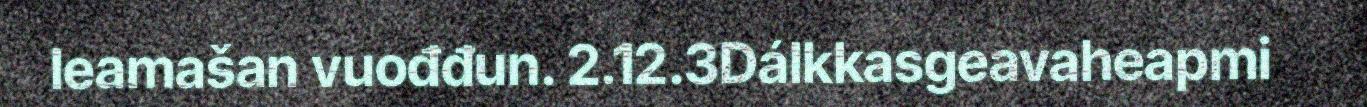
leamašan vuođđun. 2.12.3Dálkkasgeavaheapmi